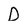
Character: D